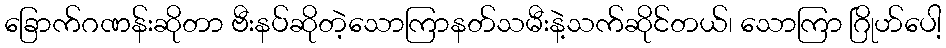
ခြောက်ဂဏန်းဆိုတာ ဗီးနပ်ဆိုတဲ့သောကြာနတ်သမီးနဲ့သက်ဆိုင်တယ်၊ သောကြာ ဂြိုဟ်ပေါ့